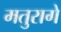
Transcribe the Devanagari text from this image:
मतुरागे